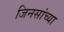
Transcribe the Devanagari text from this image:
जिनसांच्या